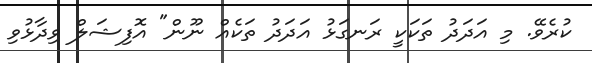
ކުރެވޭ. މި އަދަދު ތަކަކީ ރަނގަޅު އަދަދު ތަކެއް ނޫން" އޮފިޝަލް ވިދާޅުވި